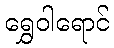
ရွှေဝါရောင်